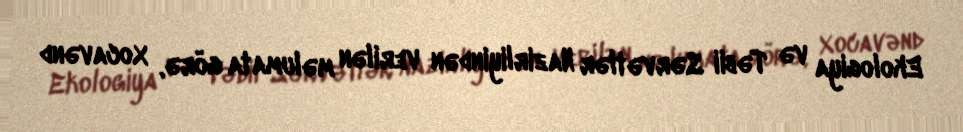
Ekologiya və Təbii Sərvətlər Nazirliyindən verilən məlumata görə, Xocavənd